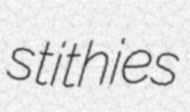
stithies